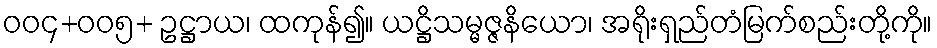
၀၀၄+၀၀၅+ ဥဋ္ဌာယ၊ ထကုန်၍။ ယဋ္ဌိသမ္မဇ္ဇနိယော၊ အရိုးရှည်တံမြက်စည်းတို့ကို။